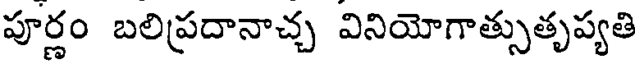
పూర్ణం బలిప్రదానాచ్చ వినియోగాత్సుతృప్యతి